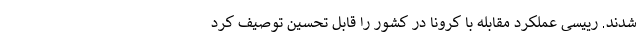
شدند. رییسی عملکرد مقابله با کرونا در کشور را قابل تحسین توصیف کرد